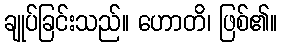
ချုပ်ခြင်းသည်။ ဟောတိ၊ ဖြစ်၏။